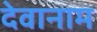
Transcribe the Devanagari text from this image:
देवानाम